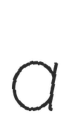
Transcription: a